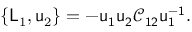
\{ \mathsf { L } _ { 1 } , \mathsf { u } _ { 2 } \} = - \mathsf { u _ { 1 } u _ { 2 } \mathcal { C } _ { 1 2 } u _ { 1 } ^ { - 1 } } .